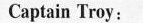
Captain Troy: